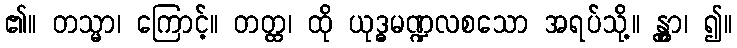
၏။ တသ္မာ၊ ကြောင့်။ တတ္ထ၊ ထို ယုဒ္ဓမဏ္ဍလစသော အရပ်သို့။ န္တွာ၊ ၍။